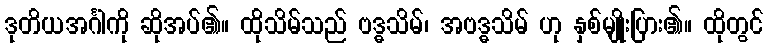
ဒုတိယအင်္ဂါကို ဆိုအပ်၏။ ထိုသိမ်သည် ဗဒ္ဓသိမ်၊ အဗဒ္ဓသိမ် ဟု နှစ်မျိုးပြား၏။ ထိုတွင်